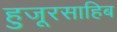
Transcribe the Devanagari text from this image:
हुजूरसाहिब